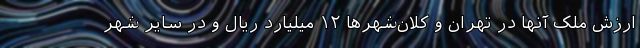
ارزش ملک آنها در تهران و کلان‌شهرها ۱۲ میلیارد ریال و در سایر شهر